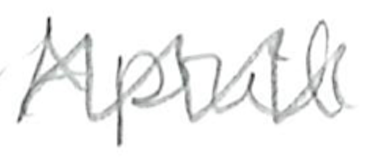
Text: April
Cross-out: zig-zag
Writing tool: pencil